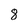
Character: 8